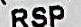
RSP